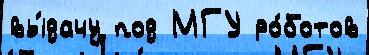
вы́дачу под МГУ ро́ботов